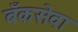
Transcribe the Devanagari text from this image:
बँकसेवा